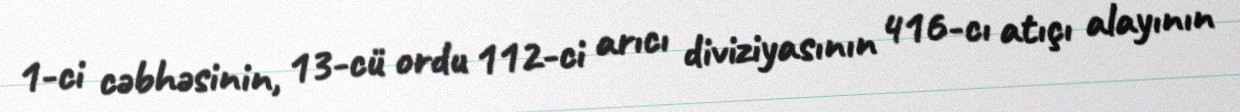
1-ci cəbhəsinin, 13-cü ordu 112-ci arıcı diviziyasının 416-cı atıçı alayının